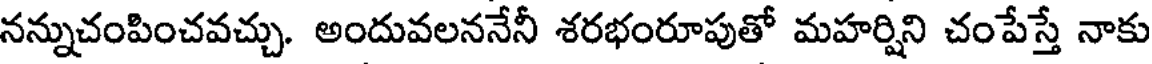
నన్నుచంపించవచ్చు. అందువలననేనీ శరభంరూపుతో మహర్షిని చంపేస్తే నాకు